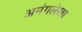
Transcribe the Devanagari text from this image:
अनंगलेखा